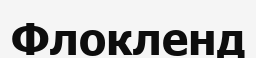
Флокленд